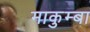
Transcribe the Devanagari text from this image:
माकुम्बा